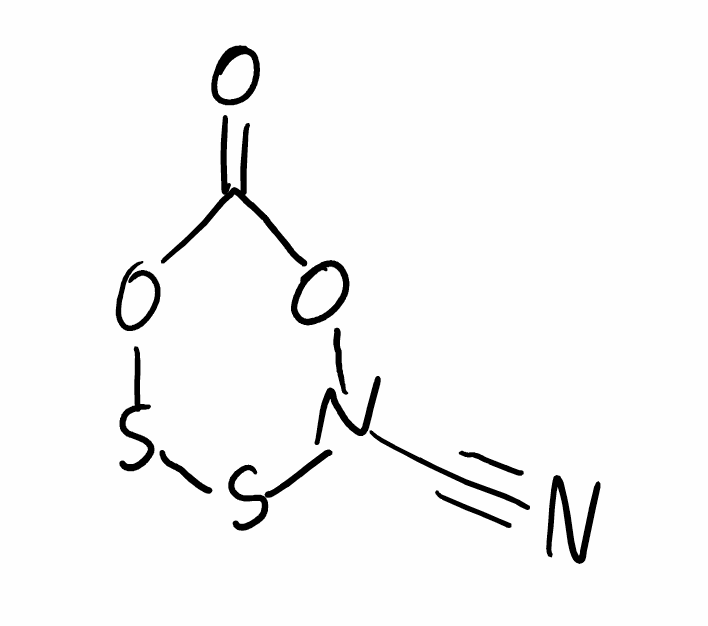
Simplified molecular-input line-entry system (SMILES) notation of the given molecule:
C(#N)N1OC(=O)OSS1